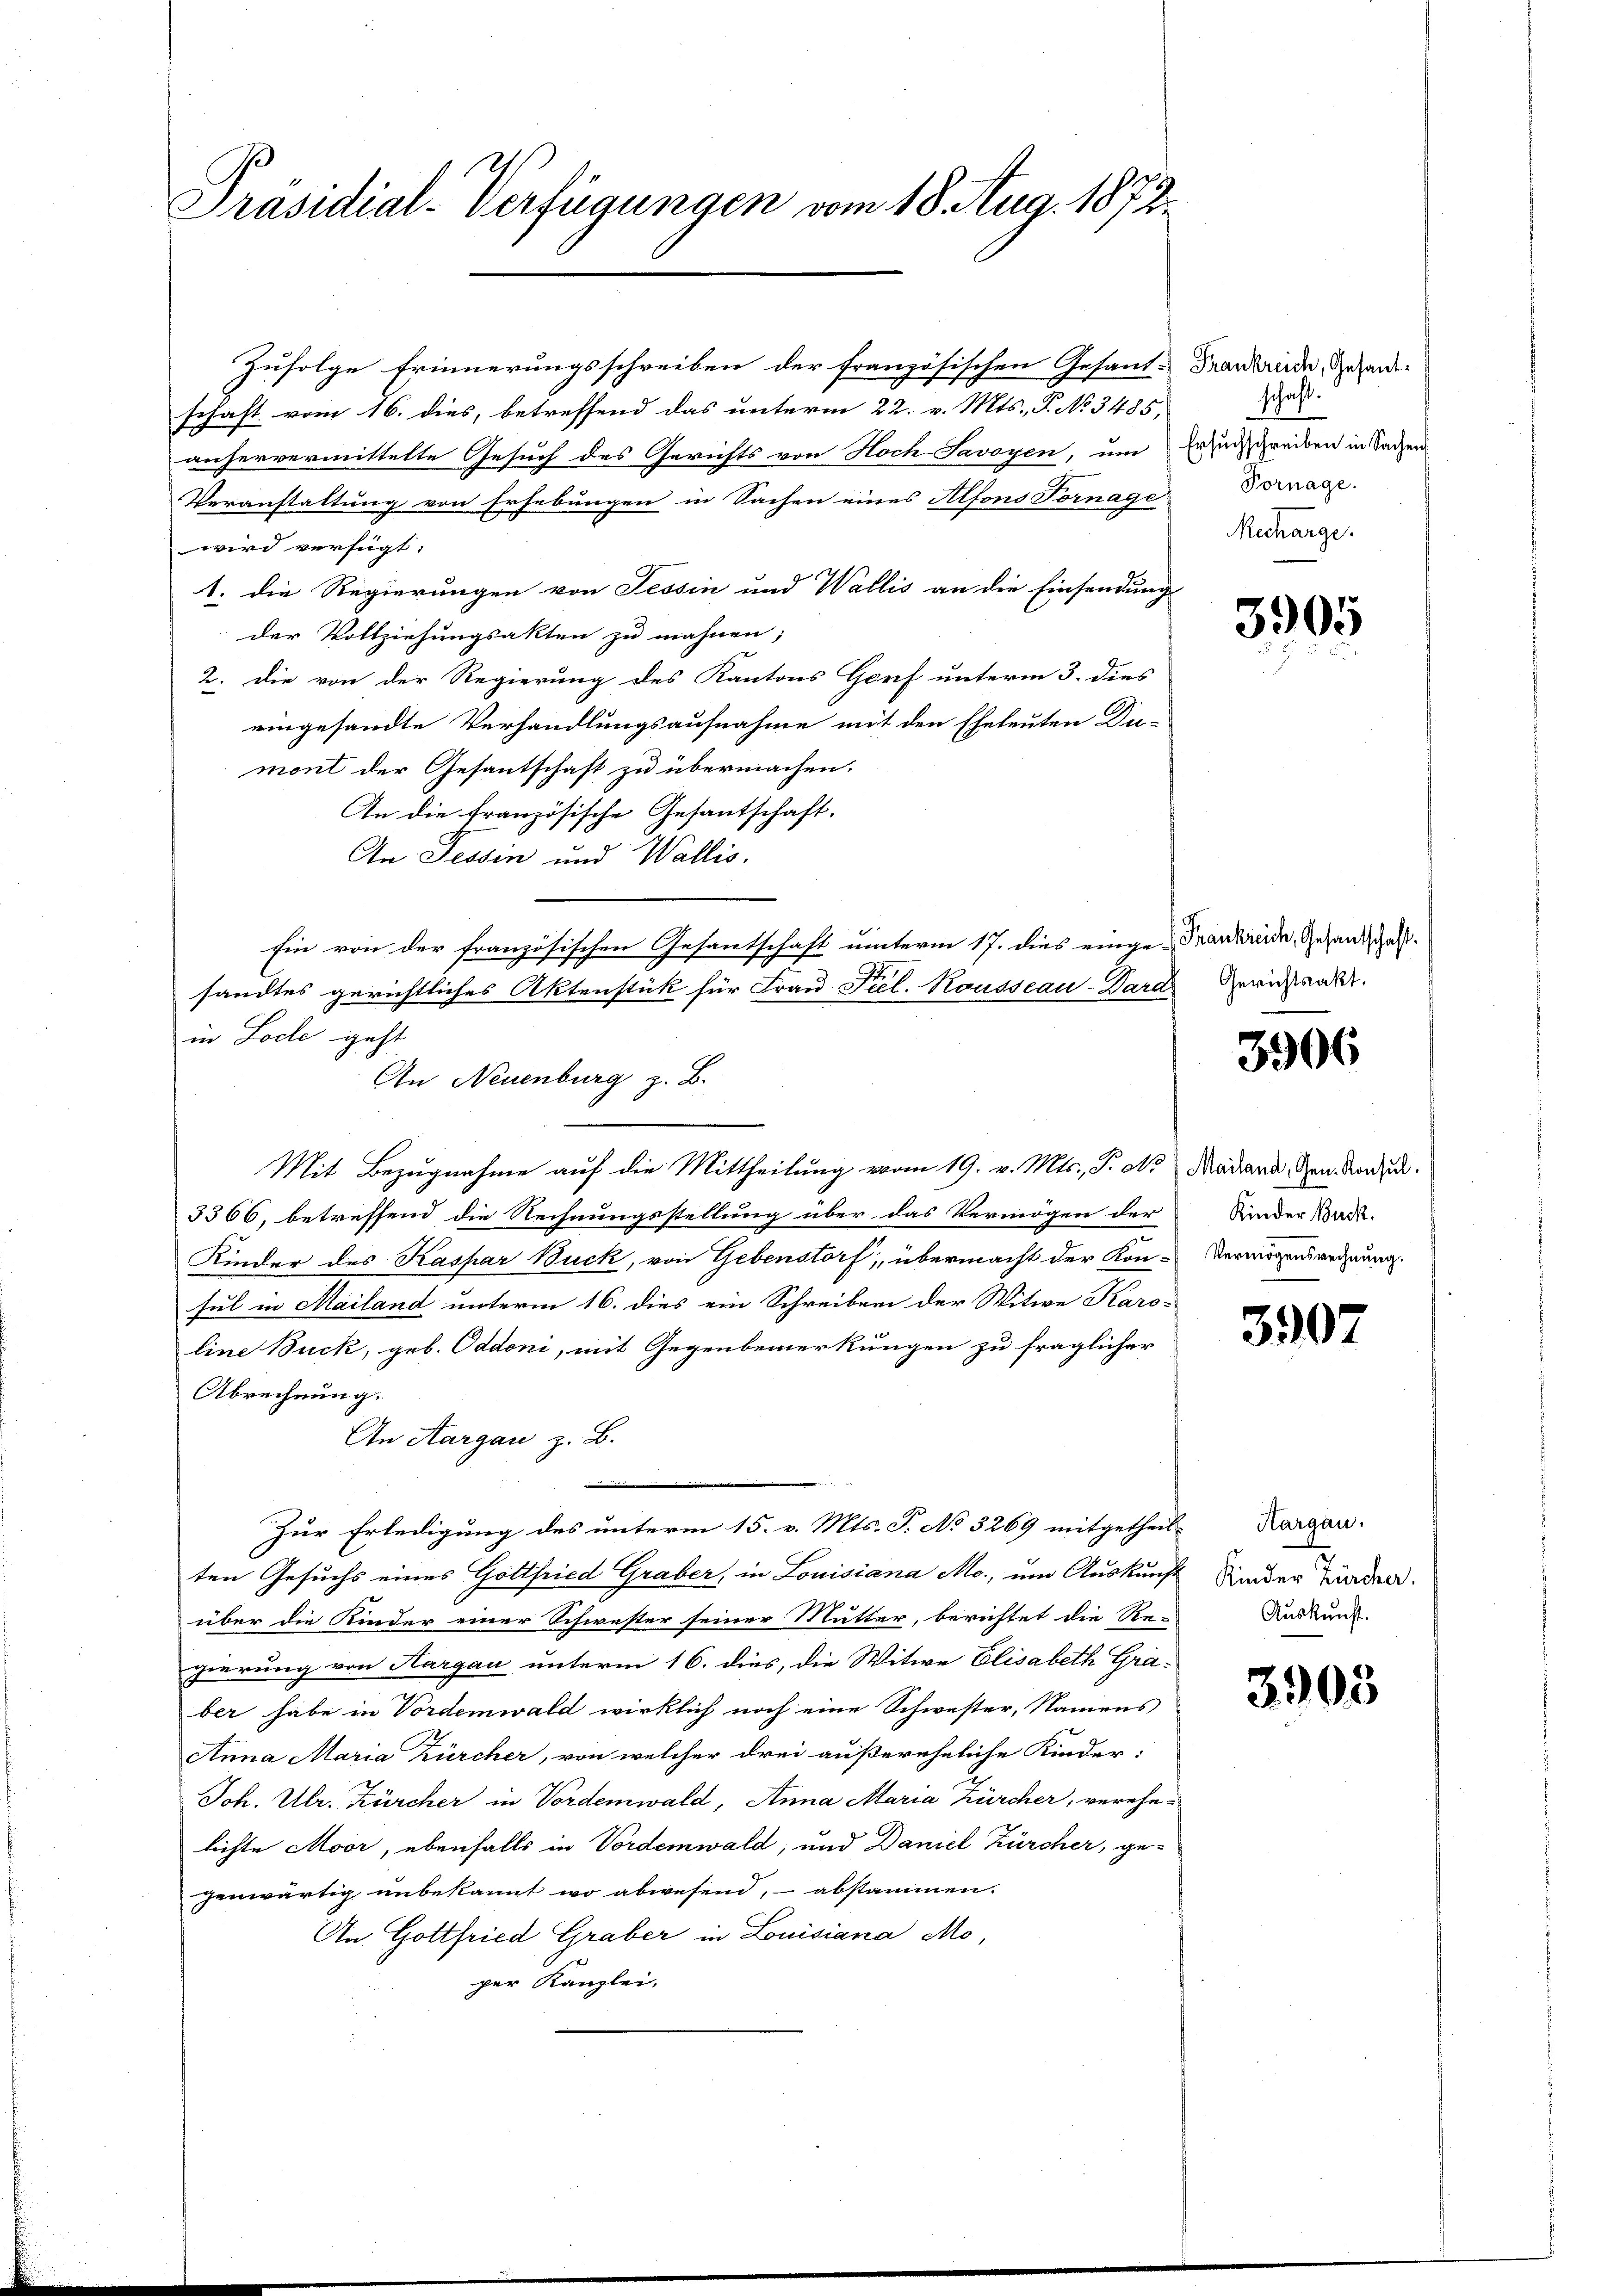
Präsidial-Verfügungen vom 18. Aug. 1872.

Zufolge Erinnerungsschreiben der französischen Gesand-Frantende, Gesander
schaft vom 16. dies, betreffend das unterm 22. v. Mts., P. No 3485,
anhervermittelte Gesuch des Gerichts von Hoch Savoyen, um Ersuchschreiben in Sachen
Veranstaltung von Erhebungen in Sachen eines Alfons Fornage
wird verfügt:
1. die Regierungen von Tessin und Wallis an die Einsendung
der Vollziehungsakten zu mahnen;
2. Die von der Regierung des Kantons Genf unterm 3. dies
eingesandte Verhandlungsaufnahme mit den Eheleuten Du-
mont der Gesantschaft zu übermachen.
An die französische Gesantschaft.
An Tessin und Wallis.
Ein von der französischen Gesantschaft unterm 17. dies einge-Frankreide, Gesandschaft.
sandtes gerichtliches Aktenstük für Frau Fiel. Kousseau-Dard Gewichtend.
in Loche geht
An Neuenburg z. B.
Mit Bezugnahme auf die Mittheilung vom 19. v. Mts., F. N. Mailand, den Morden.
3366, betreffend die Rechnungsstellung über das Vermögen der Kinder Bad-
Kinder des Kaspar Buck, von Gebenstorf, übermacht der Kon-Vermögensrechnung.
sul in Mailand unterm 16. dies ein Schreiben der Witwe Karo-
line Buck, geb. Oddoni, mit Gegenbemerkungen zu fraglicher
Abrechnung.
An Aargau z. B.
Zur Erledigung des unterm 15. v. Mts. T. No 3269 mitgetheilten Gesuchs eines Gottfried Graber, in Louisiana Mc., um Auskunft
über die Kinder einer Schwester seiner Mutter, berichtet die Re-
gierung von Hargau unterm 16. dies, die Witwe Elisabeth Graber habe in Vordemwald wirklich noch eine Schwester, Namens
Anna Maria Zürcher, von welcher drei außereheliche Kinder:
Joh. Ulr. Kürcher in Vordemwald, Anna Maria Zürcher, verehelichte Moor, ebenfalls in Vordemwald, und Daniel Zürcher, ge-
genwärtig unbekannt wo abwesend, abstammen.
An Gottfried Graber in Luisiana Moper Kanzlei.

schaft.
Vornage.
Recharge.

3905

3906

3907

Aargau.
Kinder Zürcher.
Auskunft.

3903